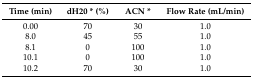
<table><thead><tr><td><b>Time (min)</b></td><td><b>dH20 * (%)</b></td><td><b>ACN *</b></td><td><b>Flow Rate (mL/min)</b></td></tr></thead><tbody><tr><td>0.00</td><td>70</td><td>30</td><td>1.0</td></tr><tr><td>8.0</td><td>45</td><td>55</td><td>1.0</td></tr><tr><td>8.1</td><td>0</td><td>100</td><td>1.0</td></tr><tr><td>10.1</td><td>0</td><td>100</td><td>1.0</td></tr><tr><td>10.2</td><td>70</td><td>30</td><td>1.0</td></tr></tbody></table>